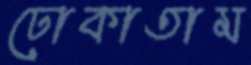
ঢোকাতাম